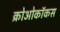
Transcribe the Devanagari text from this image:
क्रोओकॉकस